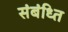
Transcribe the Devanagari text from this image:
संबंध्ति